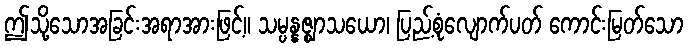
ဤသို့သောအခြင်းအရာအားဖြင့်။ သမ္ပန္နဇ္ဈာသယော၊ ပြည့်စုံလျောက်ပတ် ကောင်းမြတ်သော